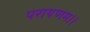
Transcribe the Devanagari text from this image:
परायणम।।